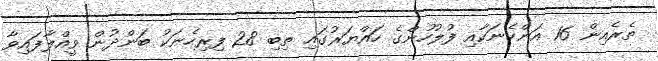
ތެރެއިން 16 އަންހެނަކާއި ފުލުހުންގެ ހައްޔަރުގައި ތިބި 28 ފިރިހެނަކު ބަންދުން ވީއްލާފައިވާ